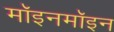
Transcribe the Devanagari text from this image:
मॉइनमॉइन